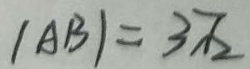
\vert A B \vert = 3 \sqrt { 2 }